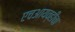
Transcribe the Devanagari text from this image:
एचआयव्हीचा